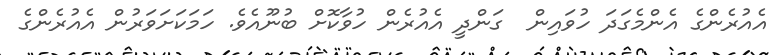
އެއުރެންގެ އެންމެގަދަ ހުވައިން  ގަންދީ އެއުރެން ހުވާކޮށް ބުނޫއެވެ. ހަމަކަށަވަރުން އެއުރެންގެ